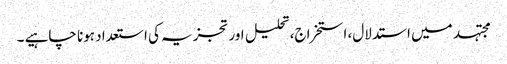
مجتہد میں استدلال، استخراج، تحلیل اور تجزیہ کی استعداد ہونا چاہیے ۔